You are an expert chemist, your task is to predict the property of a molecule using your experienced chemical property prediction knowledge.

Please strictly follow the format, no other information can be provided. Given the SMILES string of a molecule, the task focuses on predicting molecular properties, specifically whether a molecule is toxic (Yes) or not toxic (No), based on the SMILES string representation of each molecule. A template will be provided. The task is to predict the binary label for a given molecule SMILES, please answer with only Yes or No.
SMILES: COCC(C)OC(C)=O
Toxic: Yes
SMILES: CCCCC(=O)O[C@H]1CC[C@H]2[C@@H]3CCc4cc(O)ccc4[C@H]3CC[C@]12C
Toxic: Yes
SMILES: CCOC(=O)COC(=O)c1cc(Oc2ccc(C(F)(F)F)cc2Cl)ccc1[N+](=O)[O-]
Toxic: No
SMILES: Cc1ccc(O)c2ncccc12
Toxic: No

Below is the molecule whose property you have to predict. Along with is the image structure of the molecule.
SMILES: CCN(C(=O)c1cc(C)cc(OC[C@H](C)Nc2ccncc2)c1)C(C)C
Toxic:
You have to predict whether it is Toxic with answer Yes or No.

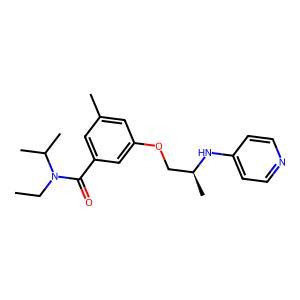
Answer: No